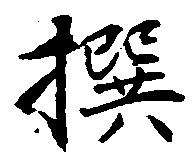
撰